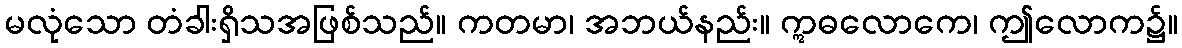
မလုံသော တံခါးရှိသအဖြစ်သည်။ ကတမာ၊ အဘယ်နည်း။ ဣဓလောကေ၊ ဤလောက၌။